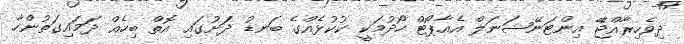
ދިވެހިރާއްޖޭެ އިންޓަނޭޝަނަލް އެއާޕޯޓް ހޯދުމަކީ ކުކުޅެއްގެ ބަނޑު ދަށުގައި އޮތް ބިހެއް ދަމައިގަތުންހާ